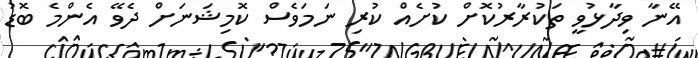
އޭނާ ވިދާޅުވީ ތަކުރާރުކޮށް ކުށެއް ކުރި ނަމަވެސް ކޮމިޝަނަށް ދެވޭ އެންމެ ބޮޑު